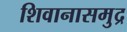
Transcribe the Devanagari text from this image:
शिवानासमुद्र